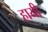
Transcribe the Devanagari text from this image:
हायी